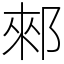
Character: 郲